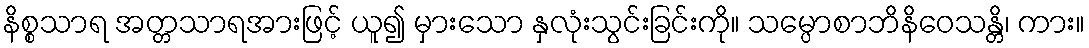
နိစ္စသာရ အတ္တသာရအားဖြင့် ယူ၍ မှားသော နှလုံးသွင်းခြင်းကို။ သမ္ပောစာဘိနိဝေသန္တိ၊ ကား။